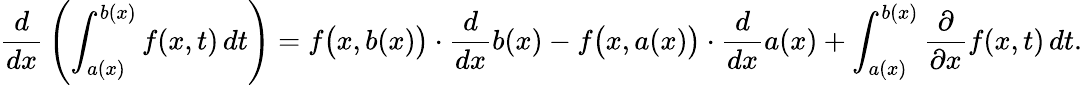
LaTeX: {\frac{d}{dx}}\left(\int_{a(x)}^{b(x)}f(x,t)\, dt\right)=f{\big(}x,b(x){\big)}\cdot{\frac{d}{dx}}b(x)-f{\big(}x,a(x){\big)}\cdot{\frac{d}{dx}}a(x)+\int_{a(x)}^{b(x)}{\frac{\partial}{\partial x}}f(x,t)\, dt.